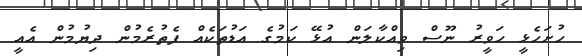
ހުށަހެޅީ ހަވީރު ނޫސް ވިއްކާލަން އުޅޭ ކަމުގެ އަޑުތަކެއް ފެތުރެމުން ދިޔުމުން އެއީ